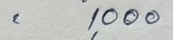
=1,000